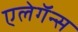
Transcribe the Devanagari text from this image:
एलेगॅन्स